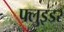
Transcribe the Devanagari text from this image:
फ्लुइडर